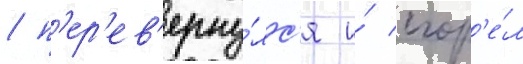
/ п'ер'ев'ерну́лс'я и́ сгор'е́л